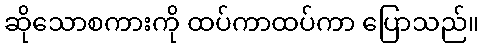
ဆိုသောစကားကို ထပ်ကာထပ်ကာ ပြောသည်။